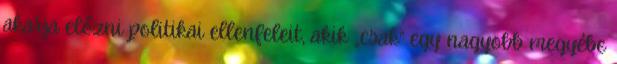
akarja előzni politikai ellenfeleit, akik „csak” egy nagyobb megyébe